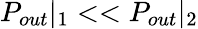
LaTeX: P_{out}|_{1}<<P_{out}|_{2}